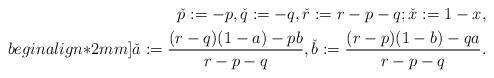
LaTeX: \begin{align*} \check{p} := -p, \check{q} :=-q, \check{r} :=r-p-q; \check{x} :=1-x, \\begin{align*}2mm] \check{a} := \dfrac{(r-q)(1-a)-p b}{r-p-q}, \check{b} := \dfrac{(r-p)(1-b)-q a}{r-p-q}. \end{align*}